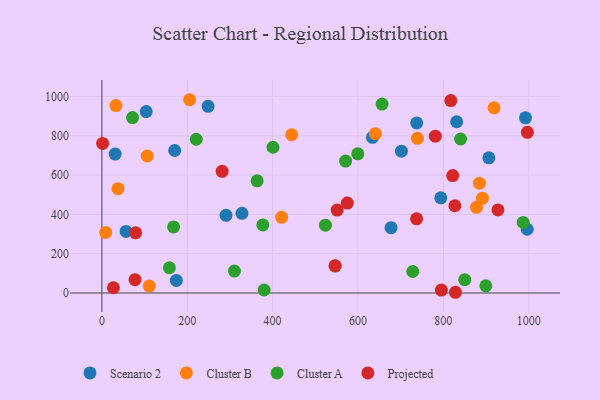
{"axis": {"x": "Ad Spend", "y": "Sales"}, "legend": ["Cluster A", "Cluster B", "Projected", "Scenario 2"], "data": [{"x": "701.9", "y": 721.8, "type": "Scenario 2"}, {"x": "737.7", "y": 865.4, "type": "Scenario 2"}, {"x": "174.5", "y": 63.9, "type": "Scenario 2"}, {"x": "56.7", "y": 313.3, "type": "Scenario 2"}, {"x": "906.8", "y": 687.9, "type": "Scenario 2"}, {"x": "794.1", "y": 484.2, "type": "Scenario 2"}, {"x": "328.2", "y": 405.5, "type": "Scenario 2"}, {"x": "290.9", "y": 395.4, "type": "Scenario 2"}, {"x": "170.6", "y": 725.0, "type": "Scenario 2"}, {"x": "31.1", "y": 706.9, "type": "Scenario 2"}, {"x": "831.3", "y": 871.4, "type": "Scenario 2"}, {"x": "996.7", "y": 324.5, "type": "Scenario 2"}, {"x": "103.9", "y": 923.1, "type": "Scenario 2"}, {"x": "677.6", "y": 332.5, "type": "Scenario 2"}, {"x": "634.1", "y": 792.0, "type": "Scenario 2"}, {"x": "992.6", "y": 891.2, "type": "Scenario 2"}, {"x": "248.8", "y": 950.0, "type": "Scenario 2"}, {"x": "8.9", "y": 308.4, "type": "Cluster B"}, {"x": "32.9", "y": 953.5, "type": "Cluster B"}, {"x": "891.7", "y": 482.3, "type": "Cluster B"}, {"x": "918.9", "y": 942.4, "type": "Cluster B"}, {"x": "739.3", "y": 787.2, "type": "Cluster B"}, {"x": "444.7", "y": 805.3, "type": "Cluster B"}, {"x": "111.2", "y": 35.1, "type": "Cluster B"}, {"x": "640.8", "y": 810.9, "type": "Cluster B"}, {"x": "205.5", "y": 983.4, "type": "Cluster B"}, {"x": "877.8", "y": 435.9, "type": "Cluster B"}, {"x": "421.2", "y": 384.8, "type": "Cluster B"}, {"x": "37.6", "y": 531.0, "type": "Cluster B"}, {"x": "884.7", "y": 558.6, "type": "Cluster B"}, {"x": "106.2", "y": 697.1, "type": "Cluster B"}, {"x": "380.1", "y": 15.4, "type": "Cluster A"}, {"x": "656.5", "y": 961.4, "type": "Cluster A"}, {"x": "363.8", "y": 570.8, "type": "Cluster A"}, {"x": "523.8", "y": 345.1, "type": "Cluster A"}, {"x": "987.2", "y": 358.9, "type": "Cluster A"}, {"x": "377.1", "y": 346.2, "type": "Cluster A"}, {"x": "158.2", "y": 128.5, "type": "Cluster A"}, {"x": "168.0", "y": 336.1, "type": "Cluster A"}, {"x": "850.2", "y": 67.6, "type": "Cluster A"}, {"x": "571.0", "y": 671.1, "type": "Cluster A"}, {"x": "840.5", "y": 783.6, "type": "Cluster A"}, {"x": "221.1", "y": 782.2, "type": "Cluster A"}, {"x": "899.7", "y": 36.4, "type": "Cluster A"}, {"x": "400.9", "y": 741.6, "type": "Cluster A"}, {"x": "310.6", "y": 111.5, "type": "Cluster A"}, {"x": "71.8", "y": 892.7, "type": "Cluster A"}, {"x": "599.7", "y": 708.1, "type": "Cluster A"}, {"x": "546.7", "y": 136.9, "type": "Cluster A"}, {"x": "728.4", "y": 109.5, "type": "Cluster A"}, {"x": "575.0", "y": 457.6, "type": "Projected"}, {"x": "281.8", "y": 619.2, "type": "Projected"}, {"x": "77.6", "y": 67.6, "type": "Projected"}, {"x": "827.1", "y": 444.0, "type": "Projected"}, {"x": "822.0", "y": 597.4, "type": "Projected"}, {"x": "546.3", "y": 138.6, "type": "Projected"}, {"x": "78.9", "y": 306.4, "type": "Projected"}, {"x": "928.1", "y": 422.5, "type": "Projected"}, {"x": "27.0", "y": 26.8, "type": "Projected"}, {"x": "828.4", "y": 3.7, "type": "Projected"}, {"x": "737.4", "y": 377.4, "type": "Projected"}, {"x": "817.5", "y": 978.9, "type": "Projected"}, {"x": "781.3", "y": 798.0, "type": "Projected"}, {"x": "551.3", "y": 421.7, "type": "Projected"}, {"x": "997.0", "y": 817.4, "type": "Projected"}, {"x": "1.7", "y": 761.2, "type": "Projected"}, {"x": "795.5", "y": 15.1, "type": "Projected"}]}